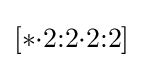
[*{\cdot }2{:}2{\cdot }2{:}2]